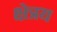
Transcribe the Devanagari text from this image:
क्षेत्रय